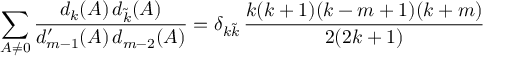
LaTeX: \sum _ { A \neq 0 } \frac { d _ { k } ( A ) \, d _ { \widetilde { k } } ( A ) } { d _ { m - 1 } ^ { \prime } ( A ) \, d _ { m - 2 } ( A ) } = \delta _ { k \widetilde { k } } \, \frac { k ( k + 1 ) ( k - m + 1 ) ( k + m ) } { 2 ( 2 k + 1 ) }